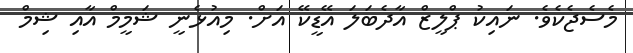
މެސެޖެކެވެ. ނައިކު ޕްލީޒް އާދެބަލަ އޭޑީކޭ އަށް. މިއުޅެނީ ޝަމީމް އާއި ޝިމް